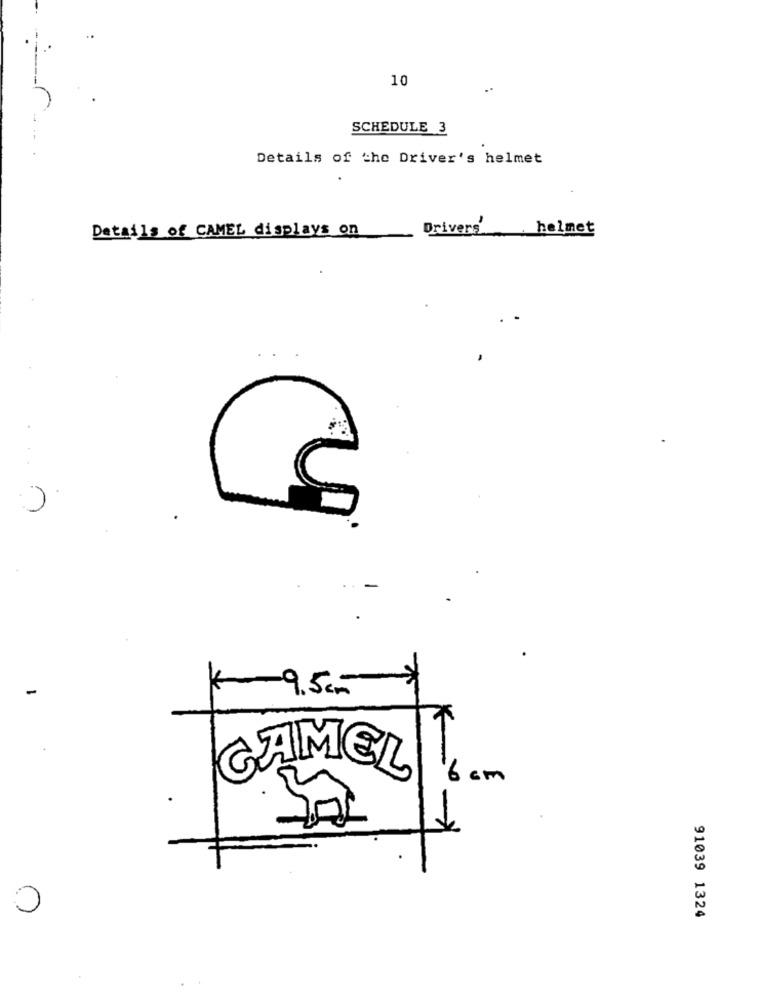
10
SCHEDULE 3
Details of the Driver's helmet
Drivers
helmet
Details of CAMEL displays on
-
K 9.5 cm
GAMEL
6 cm
de
0
91039 1324